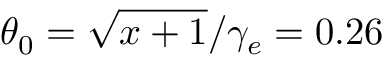
\theta _ { 0 } = \sqrt { x + 1 } / \gamma _ { e } = 0 . 2 6